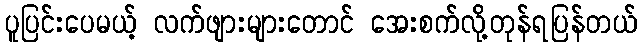
ပူပြင်းပေမယ့် လက်ဖျားများတောင် အေးစက်လို့တုန်ရပြန်တယ်